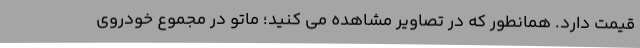
قیمت دارد. همانطور که در تصاویر مشاهده می کنید؛ ماتو در مجموع خودروی